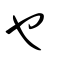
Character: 乜